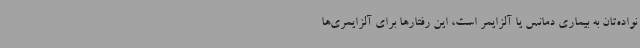
نواده‌تان به بیماری دمانس یا آلزایمر است، این رفتارها برای آلزایمری‌ها